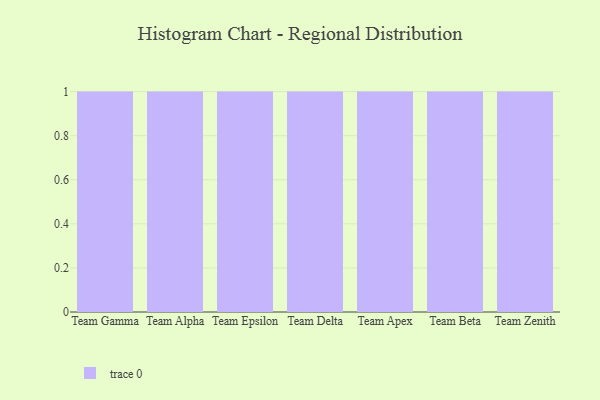
{"axis": {"x": "Team", "y": "Population (Million)"}, "legend": [""], "data": [{"x": "Team Gamma", "y": 88, "type": ""}, {"x": "Team Alpha", "y": 13, "type": ""}, {"x": "Team Epsilon", "y": 15, "type": ""}, {"x": "Team Delta", "y": 38, "type": ""}, {"x": "Team Apex", "y": 59, "type": ""}, {"x": "Team Beta", "y": 27, "type": ""}, {"x": "Team Zenith", "y": 83, "type": ""}]}